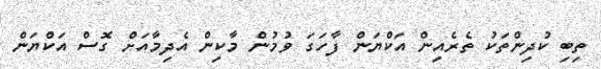
ތިބި ކުދިންތަކު ތެރެއިން އަކްޔަން ފާހަގަ ވުމުން މާކިން އެދިމާއަށް ގޮސް އަކްޔަން